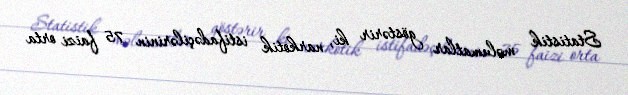
Statistik məlumatlar göstərir ki, narkotik istifadəçilərinin 75 faizi orta